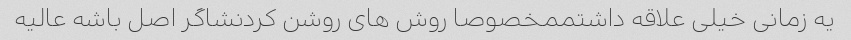
یه زمانی خیلی علاقه داشتممخصوصا روش های روشن کردنشاگر اصل باشه عالیه